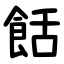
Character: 餂